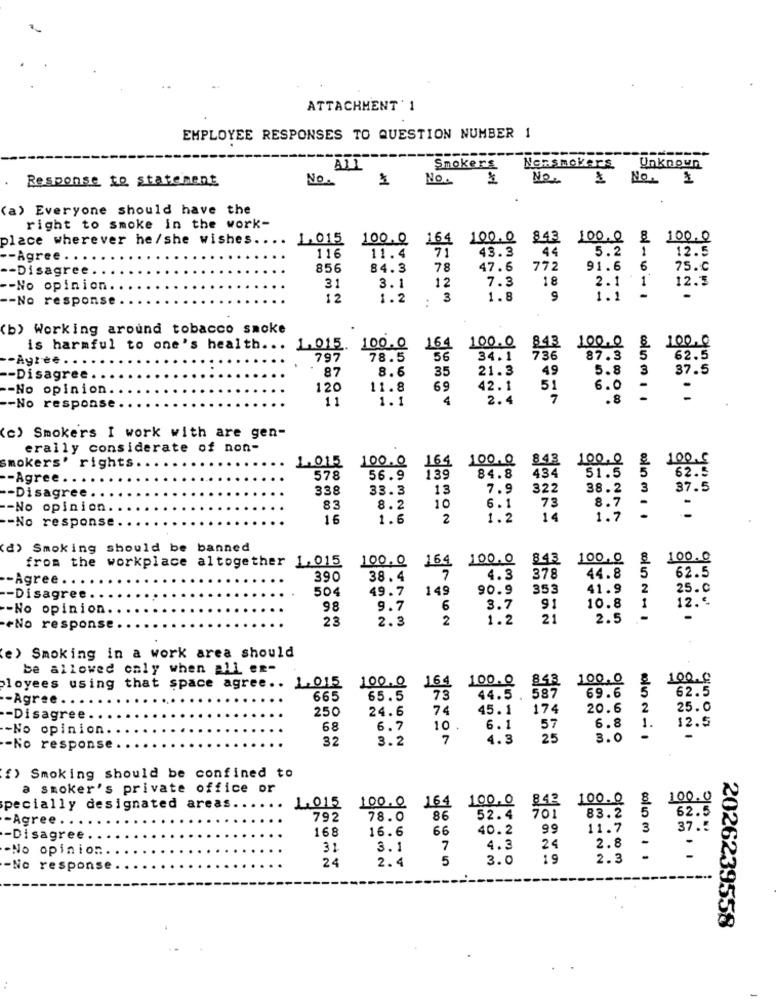
ATTACHMENT ' 1
EMPLOYEE RESPONSES TO QUESTION NUMBER 1
------
ALL
Smokers
Nonsmokers
Unknown
Response to statement
No.
No.
No.
No.
(a) Everyone should have the
right to smoke in the work-
place wherever he/she wishes ....
1.015 100.0
164
100.0 843 100.0 & 100.0
71
43.3
44
5.2
1
12.5
-Agree .
116
11.4
-- Disagree
856
84.3
78
47.6
772
91.6
6
75.℃
31
7.3
18
2.1
12.3
-- No opinion
3.1
12
-- No response
12
1.2
3
1.8
9
1.1
-
.
(b) Working around tobacco smoke
is harmful to one's health ...
1.015.
100.0
164
100.0
843
100.0 & 100.0
-Agree . .
797
78.5
56
34.1
736
87.3 5
62.5
87
8.6
35
21.3
49
5.8
3 37.5
-- Disagree
-- No opinion.
120
11.8
69
42.1
51
6.0 -
.
11
1.1
4
2.4
7
.8
-- No response
(c) Smokers I work with are gen-
erally considerate of non-
1.015
164
100.0
843
100.0 & 100.C
smokers' rights
100.0
84.8
434
.- Agree
578
56.9
139
51.5 5
62.5
338
33.3
13
7.9
322
38.2 3
37.5
.- Disagree
73
-- No opinion.
83
8.2
10
6.1
8.7 -
-
-No response
16
1.6
2
1.2
14
1.7 -
(d) Smoking should be banned
from the workplace altogether 1,015
100.0
164
100.0
843
100,0
100.0
-Agree . .
390
38.4
7
4.3
378
44.8
5
62.5
504
49.7
149
90.9
353
41.9
2
25.C
-Disagree
12.€
-- No opinion
98
9.7
6
3.7
91
10.8
1
23
2.3
2
1.2
21
2.5
-
-eNo response
e) Smoking in a work area should
be allowed caly when all ex-
100.0
843
100.0
100.0
loyees using that space agree. . 1.015
100.0 164
587
69.6
62.5
-- Agree .
665
65.5
73
44.5 .
250
24.6
74
45.1
174
20.6
2
25.0
-Disagree.
-No opinion.
68
6.7
10
6.1
57
6.8
1.
12.5
32
3.2
7
4.3
25
3.0
-
-No response
f) Smoking should be confined to
a smoker's private office or
100.0 164
100.0
842
100.0
8
100.0
specially designated areas.
1.015
701
83.2
5
-Agree .
792
78.0
86
52.4
62.5
168
16.6
66
40.2
99
11.7 3
37.5
-Disagree.
-
-No opinion
31
3.1
7
4.3
24
2.8
5
3.0
19
2.3
-No response
24
2.4
2026239558